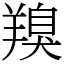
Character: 䍹